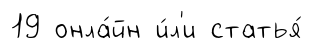
19 онла́йн и́л'и статья́